system: You are a helpful assistant.
user:
Analyze the provided spectrum to determine if it is a **M-type Giant (gM)**.

A M-type Giant spectrum is defined by its **strong molecular absorption** features, particularly from **Titanium Oxide (TiO)**. You must check for one of the following mutually exclusive signatures:

- **Key Visual Indicators (Absorption-Dominated Spectrum):**

    - **(Primary):** The spectrum is dominated by strong molecular absorption from **Titanium Oxide (TiO)**. This is the **defining feature** of its M-type temperature class.
        - **(Key Bandheads):** Look for sharp, "saw-tooth" absorption valleys. The strongest are located near **~7050 Å**, **~6160 Å**, and **~5170 Å**.
        - **(Line Profile):** The "saw-tooth" morphology is critical: a **sharp, steep drop on the BLUE (short-wavelength) side** of the bandhead, followed by a gradual recovery (rising flux) towards the RED (long-wavelength) side.

    - **(Key Confirmation - Giant vs. Dwarf):** **ABSENCE** of strong **Calcium Hydride (CaH)** molecular bands. This is the primary diagnostic for *excluding* M-dwarfs.
        - **(Key Region):** The spectrum should lack the strong, broad absorption band seen in dwarfs between **~6800 Å and ~7000 Å**.

    - **(Secondary Confirmation - Giant):** A very strong and broad **Neutral Calcium (Ca I)** atomic absorption line.
        - **(Key Line):** Located at **~4226 Å**. In a giant (gM), this line is significantly deeper and broader than the same line in an M-dwarf (dM) due to low surface gravity.

    - **(Overall Spectrum):**
        - The continuum is **extremely red-sloping** (i.e., flux is very low in the blue and rises dramatically towards the red).
        - The entire spectrum appears "chopped up" by the deep TiO bands.

Think first, call **spectral_visualization_tool** if needed to examine features in detail, then provide your final answer. Your response must adhere to the following strict rules:
1.  **Overall Structure:** Your response must follow the format `<think>...</think> <tool_call>...</tool_call> (if a tool is used) <answer>...</answer>`.
2.  **Tool Usage Constraint:** You may only make **one** tool call per turn.
3.  **Final Answer Format:** In the `<answer>` tag, your conclusion must be inside a `\boxed{}` command (e.g., `\boxed{YES}` or `\boxed{NO}`), followed by your justification.

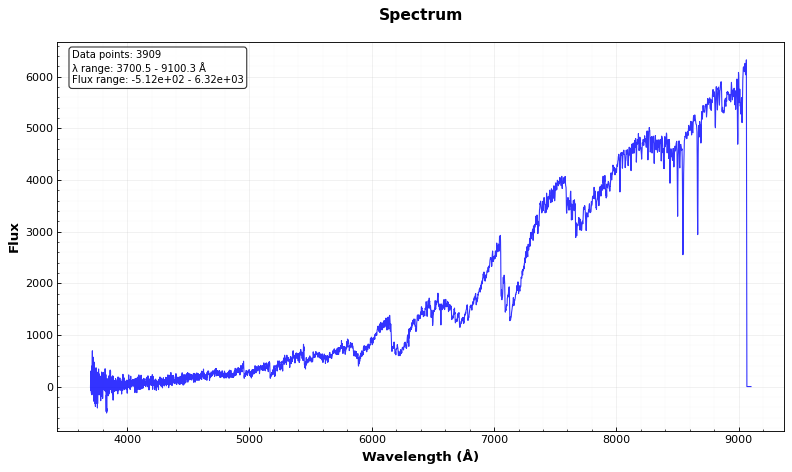
Answer: YES